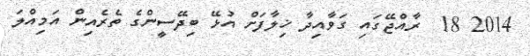
2014 18  ރާއްޖޭގައި ގަވާއިދާ ޚިލާފަށް އުޅޭ ބިދޭސީންގެ ތެރެއިން އަމިއްލަ